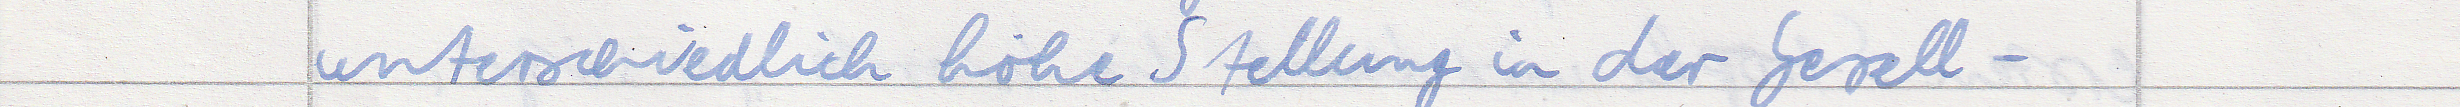
unterschiedlich hohe Stellung in der Gesell -